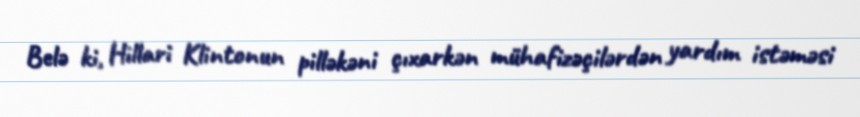
Belə ki, Hillari Klintonun pilləkəni çıxarkən mühafizəçilərdən yardım istəməsi